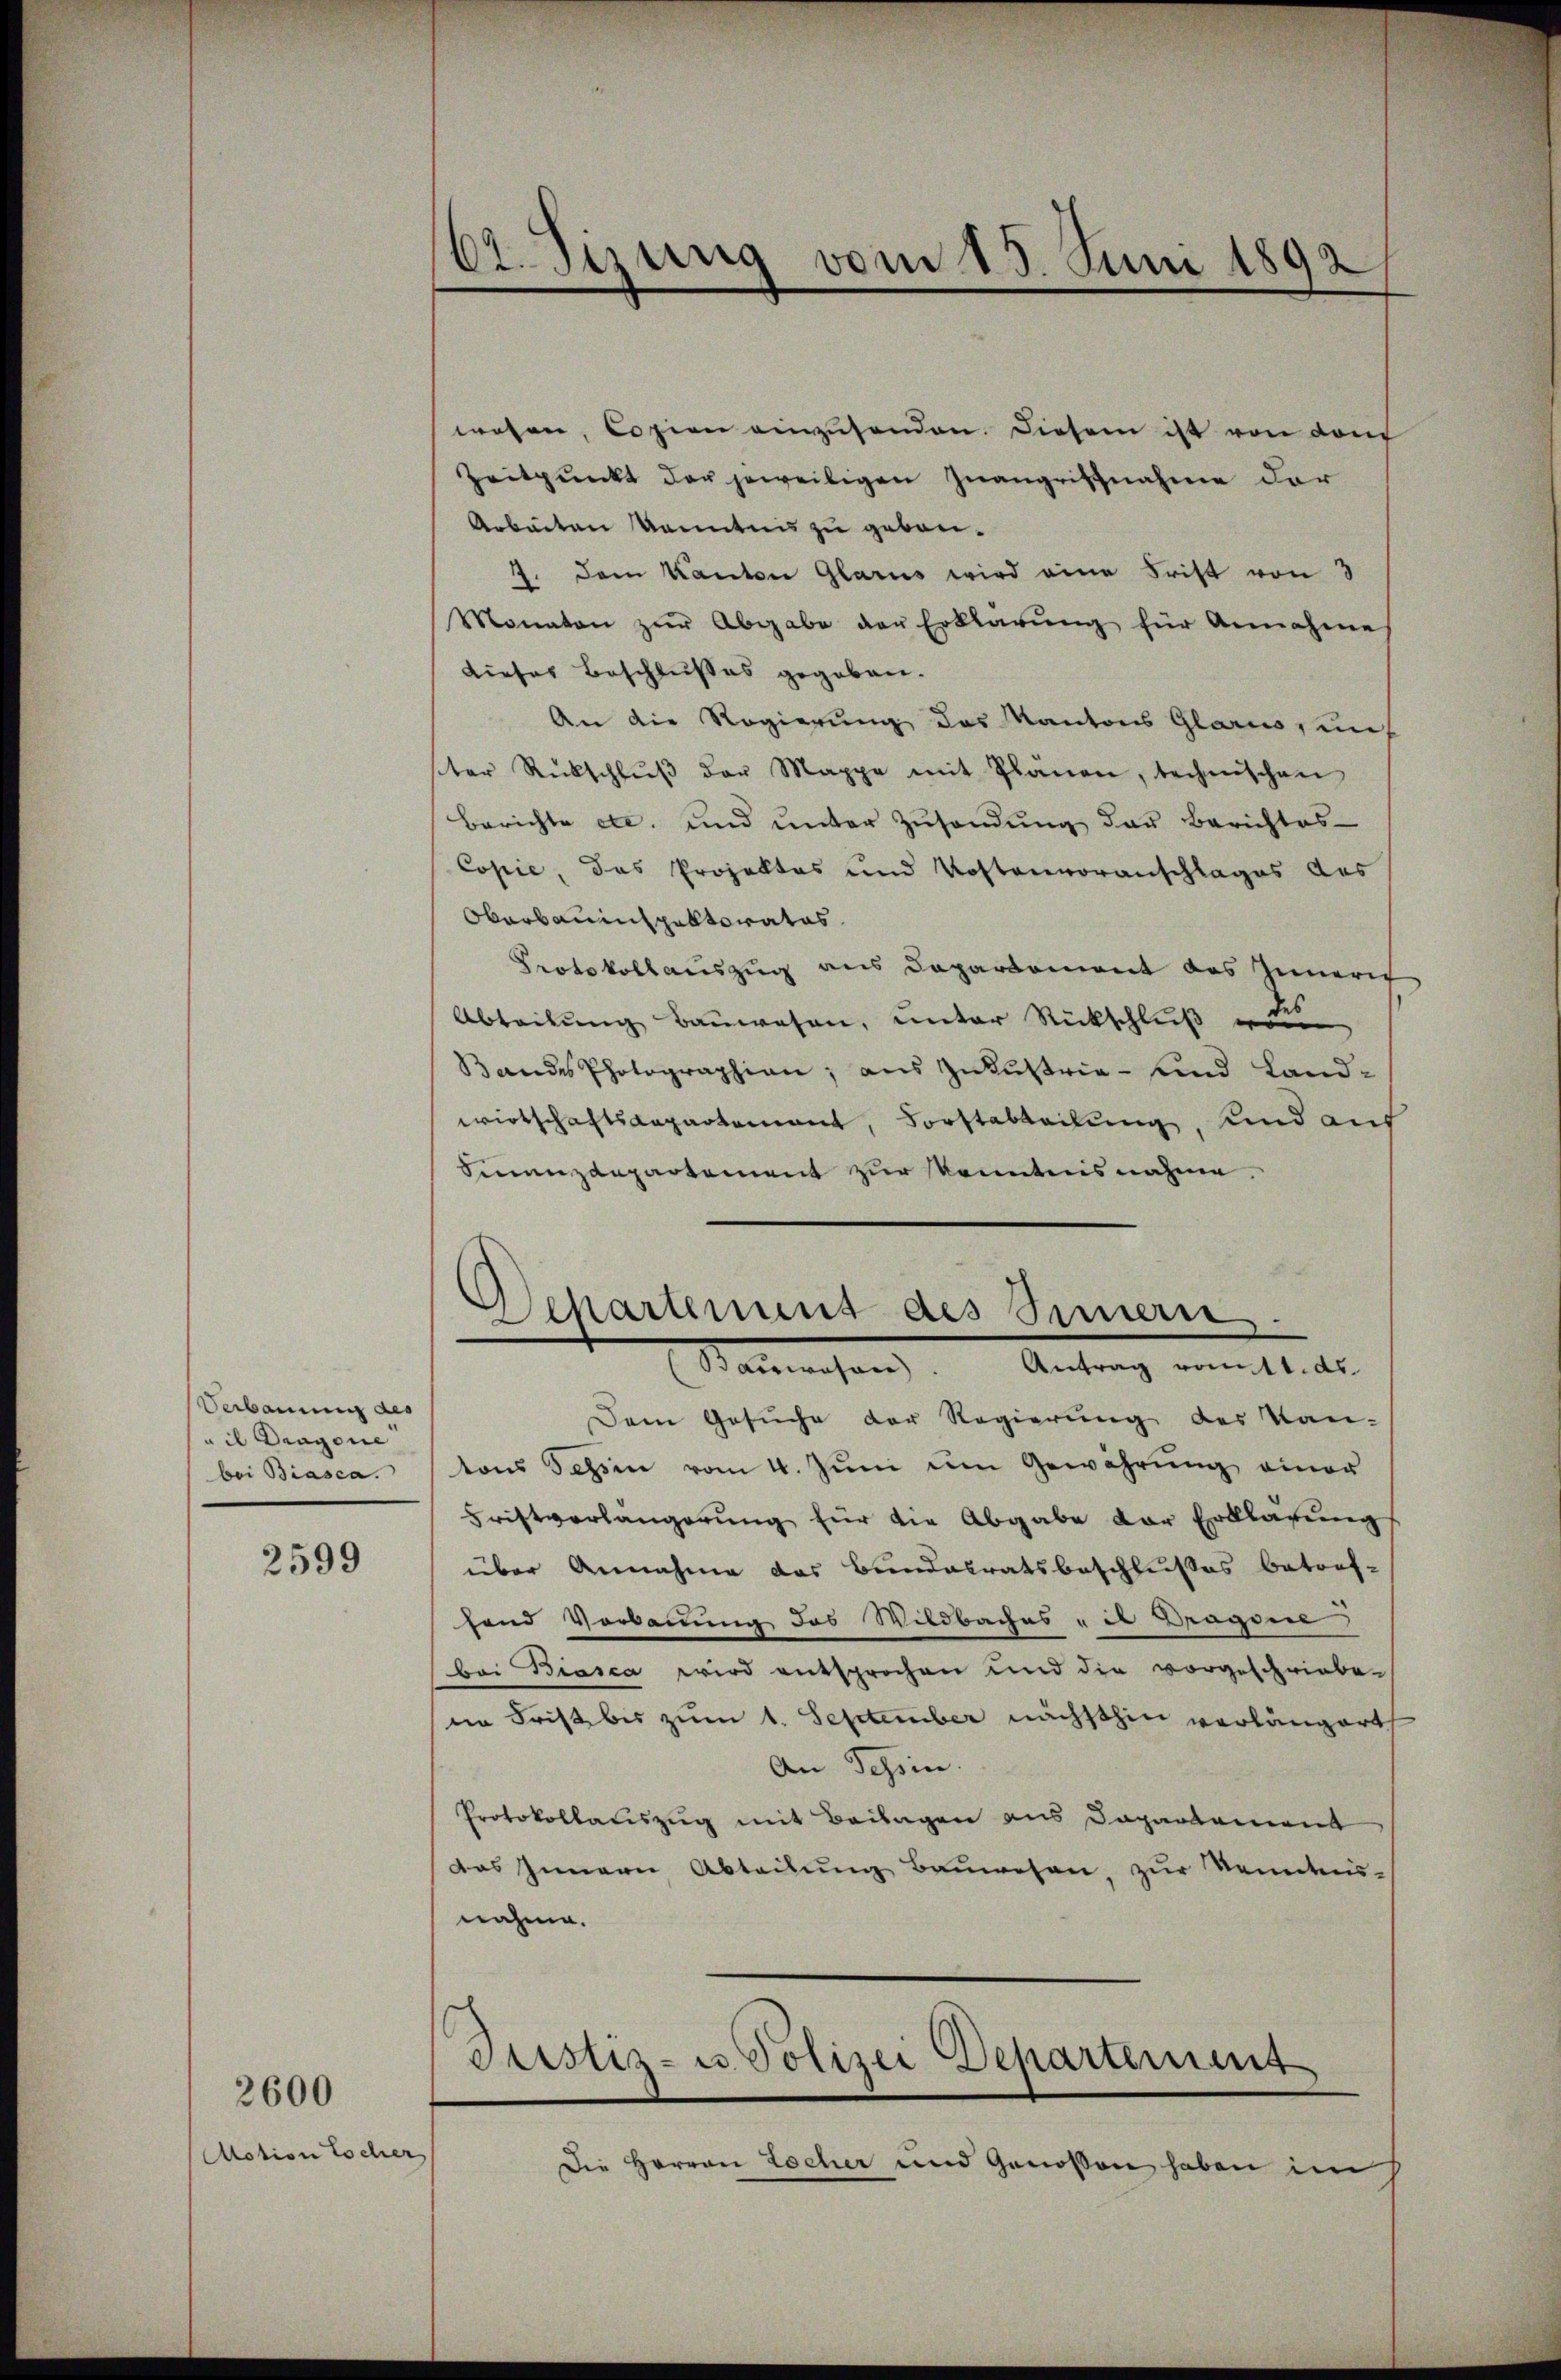
Verbauung des
uil Dragone
bei Biasca.

2599

2600

Aotion Locher

wesen, Copien einzŭsenden. Diesem ist von dem
Zeitpunkt der jeweiligen Zwangriffnahme der
Arbeiten Kenntnis zu geben.
7. Dem Kanton Glarus wird eine Frist von 3
Monaten zŭr Abgabe der Erklärŭng für Annahme
dieser Beschlußes gegeben.
An die Regierung des Kantons Glarus, un
ster Rückschlŭβ der Mappe mit Plänen, technischen
Berichte etc. und unter Zusendung der Berichtes
Copie, das Projektes und Kostenvoranschlages des
Obarbauinspektorates.
Protokollauszug aus Departement des Innern
des
Abtretŭng Baŭwesen, ŭnter Rückschlŭβ er
Bandes Photographien, aus Zukustrie- und Landwirtschaftsdepartement, Forstabteilung, und auf
Finanzdepartement zur Kenntnis nahme.

161. Sizung vom 15. Juni 1892

Departement des Innern
Sanmaschen Antrag mittels

Justiz- u. Polizei Departement

Dem Gesuche der Regierung des Kan-
tons Tessin vom 4. Juni um Gewahrung einer
Fristverlängerung für die Abgabe der Erklärung
über Annahme das Bundalratsbeschlußes betref-
send Vorbauung des Wildbaches mit Dragone
bei Biasca wird entsprochen und die vorgeschriebe-
im Frist bis zum 1. September nächsthin vorlängert
An Tessin.
Protokollauszug mit Beilagen aus Dapartement
das Innern Abteilŭng Baŭwesen, zur Kennten-
nahme.
Die Herren Locher und Genossen haben im